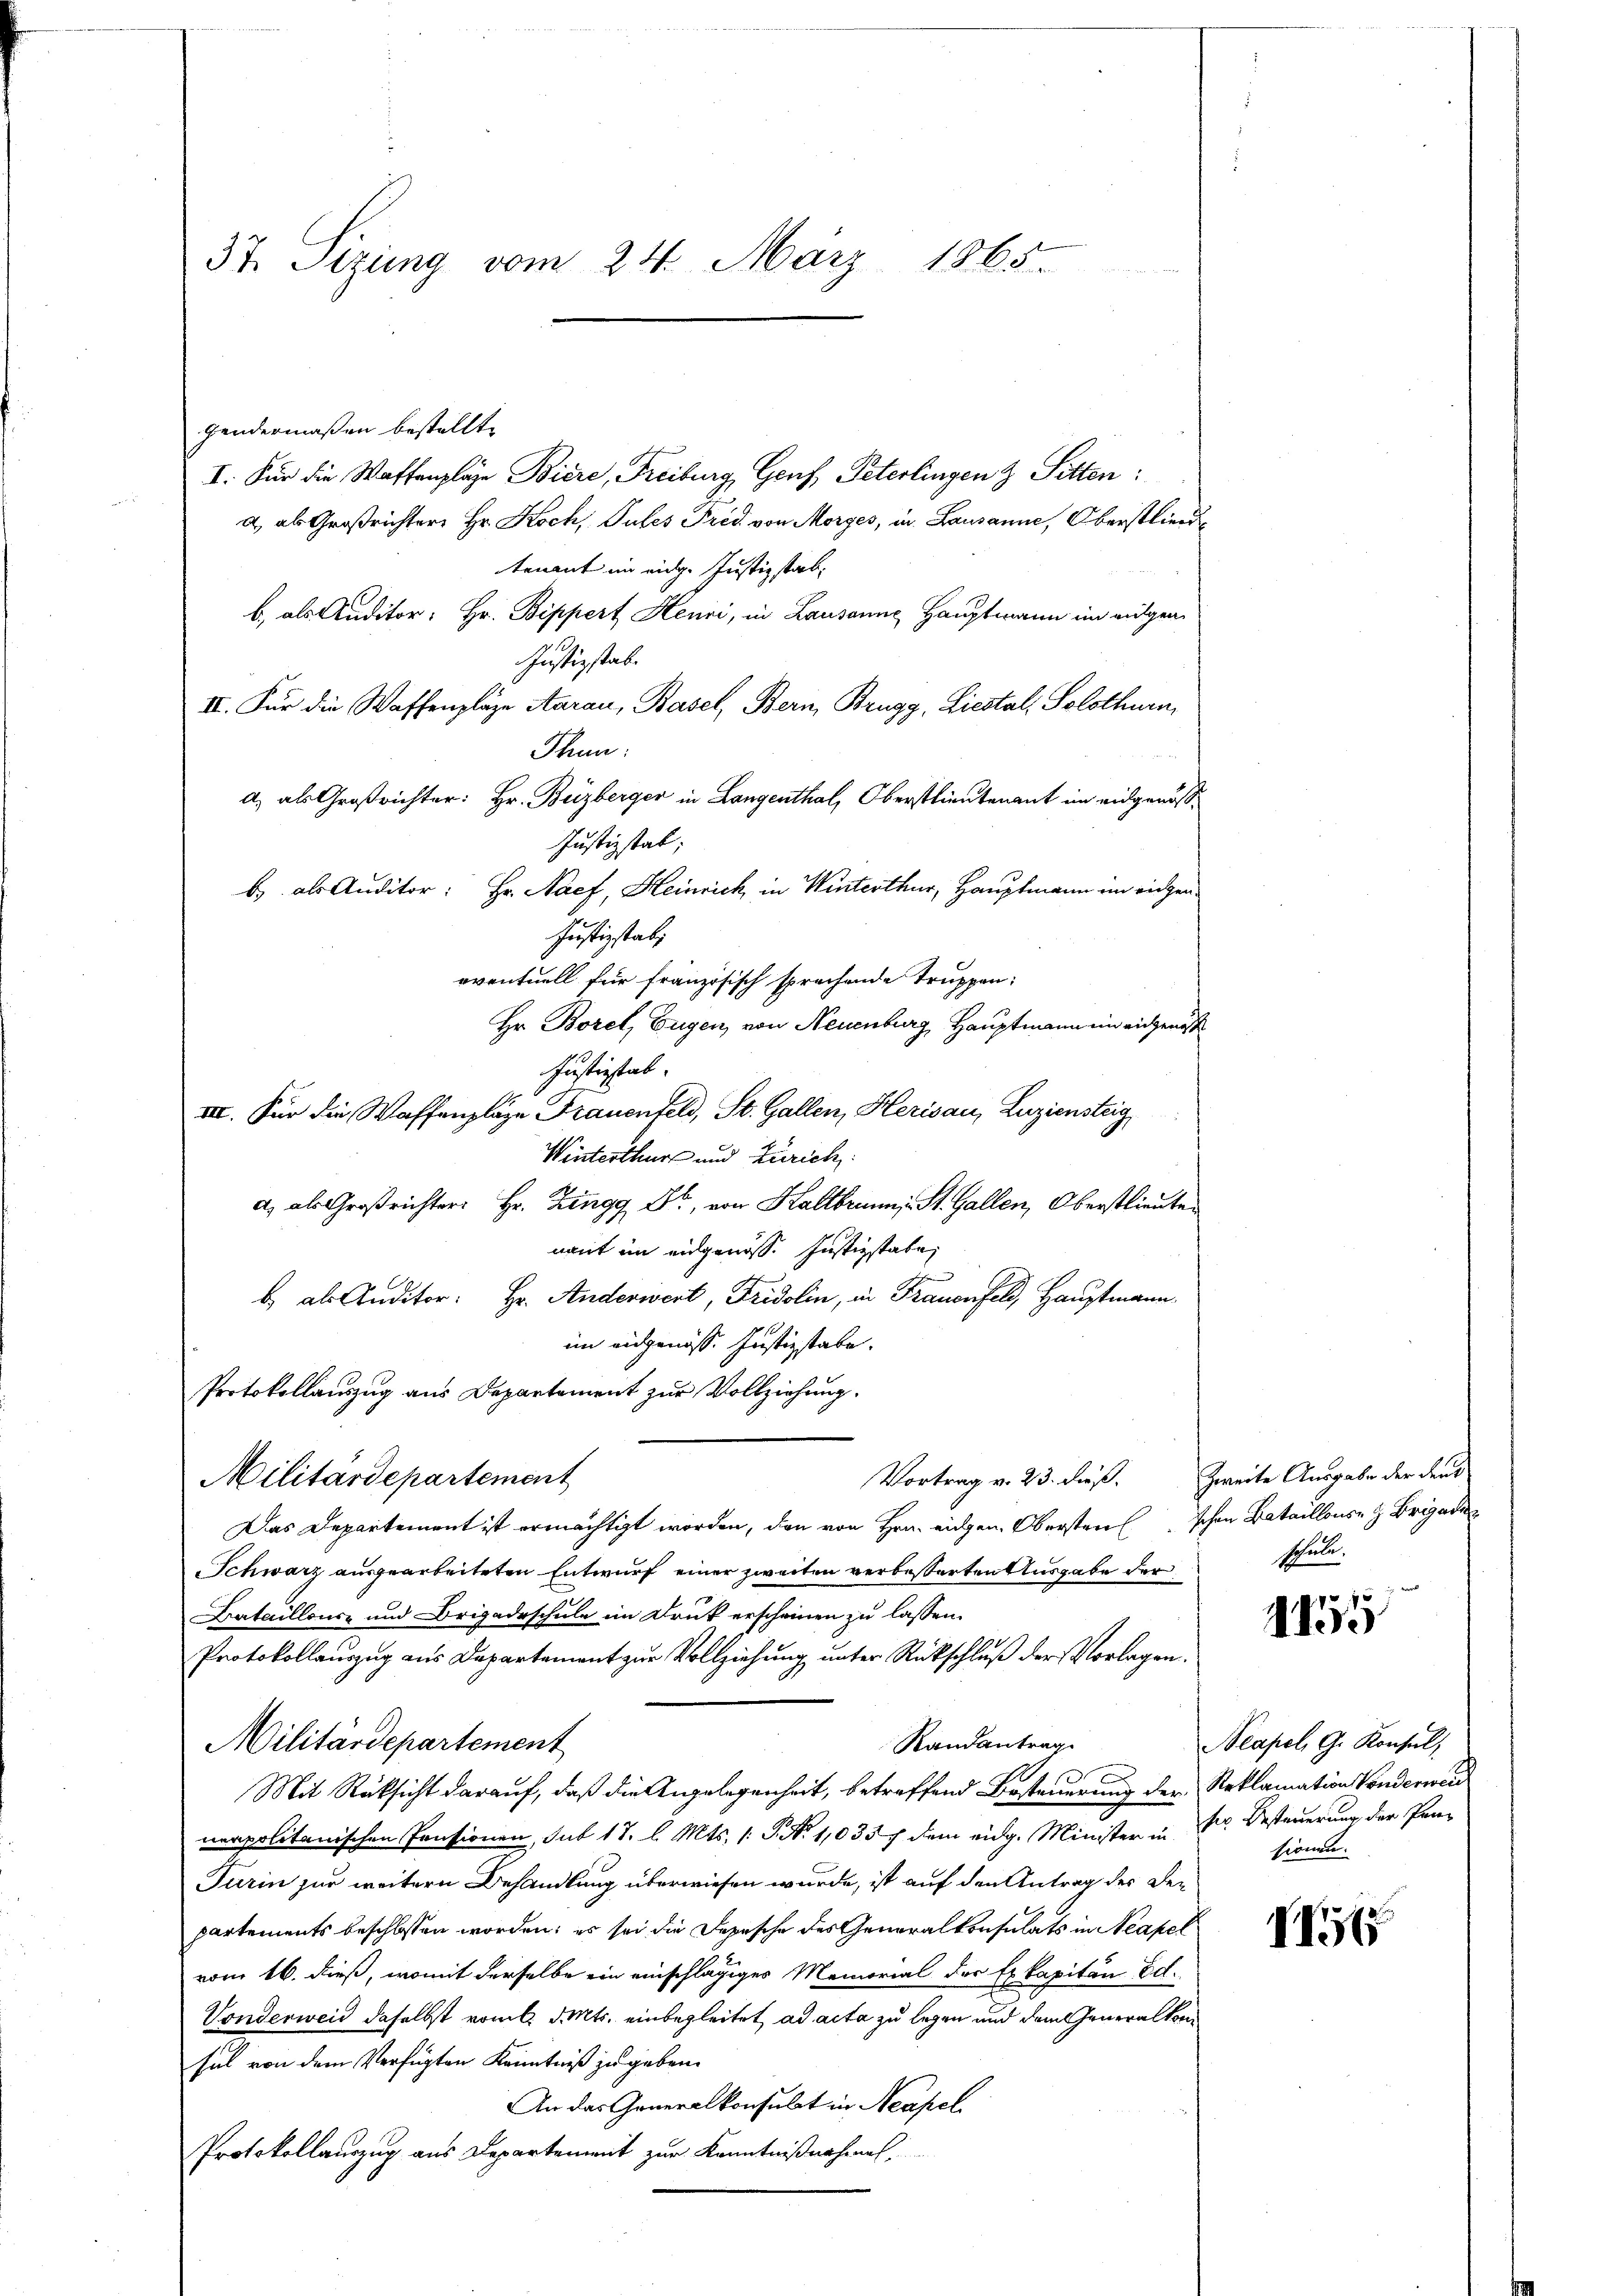
37. Sizung vom 24. März 1865.

gendermaßen bestellt.
I. Für die Waffenplaze Biere, Freiburg, Genf, Peterlingen & Sitten:
d) als Großrichter Hr. Koch, Pules Frid von Morges, in Lausanne, Oberstlieudtenant im eidg. Justizstab;
b., als Auditor; Hr. Bippert Heuri, in Lausanne Hauptmann im vulgen¬
Justizstab.
II. Für die Waffenplaze Aarau, Basel, Bern, Brugg, Liestal, Solothurn,
Thun:
a) als Großrichter: Hr. Buzberger in Langenthal, Oberstlieutenant im eidgenöß¬
Justizstab;
b als Auditor: Hr. Nacf, Heinrich in Winterthur, Hauptmann im eidgen
Justizstabi
eventuell für französisch sprechende Truppen:
Hr. Borel, Eugen, von Neuenburg, Hauptmann ein eidgenöß
Justizstab.
III. Für die Waffenplage Frauenfeld, St. Gallen, Herisau, Luziensteig,
Winterthur und Zürich
a, als Großrichter Hr. Zingg Xr, von Haltbrunn, St. Gallen, Oberstlieuten
nant im eidgenöss. Justizstate,
b als Auditor: Hr. Anderwert, Fridolin, in Trauenfeld, Hauptmann
im eidgenöss. Justizstabe.
Protokollauszug aus Departement zur Vollziehung.
Vortrag v. 23. dieß.
Militärdepartement
Das Departement ist ermächtigt worden, den von Hrn. eigen. Obersten schon Bataillons Brigade
Schwarz ausgearbeiteten Entwurf einer zweiten verbeßerten Ausgabe der
Bataillence und Brigadeschule im Druk erscheinen zu lassen.
Protokollauszug aus Departement zur Vollziehung unter Rückschluß der Vorlagen.
Militärdepartement
Randantrag
Mit Rüksicht darauf, daß die Angelegenheit, betreffend Besteuerung der Reklamation Vonderwei
nerpolitanischen Pensionen, sub 17. l. Mts. (: P. Nr. 1,035 f dem eidg. Minister in Dr. Besteuerung der Pen-
Turin zur weitern Behandlung überwiesen wurde, ist auf den Antrag des Departements beschlossen worden; es sei die Depesche des Generalkonsulats in Neapel
vom 16. dieß, womit derselbe ein einschlägiges Memorial der Exkapitän Ed.
Vonderweid daselbst vom 6. d. Mts. einbegleitet ad acta zu legen und dem Generalkom
sal von dem Verfügten Kenntniß zu geben.
An das Generalkonsulat in Neapel
Protokollauszug aus Departement zur Kenntnißnahmen,

Zweite Ausgabe der deut
schule.

pf
1130

Neapel, G. Konsul,
sionen.

154